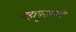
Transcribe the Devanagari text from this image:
महापुरामध्ये